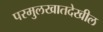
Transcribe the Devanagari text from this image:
परमुलखातदेखील